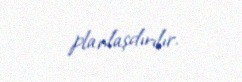
planlaşdırılır.